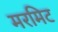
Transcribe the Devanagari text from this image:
मरमिट